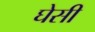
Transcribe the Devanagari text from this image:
घेसी